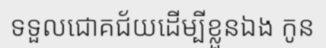
ទទួលជោគជ័យដើម្បីខ្លួនឯង កូន